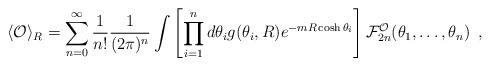
LaTeX: \begin{align*}\langle {\cal O} \rangle_R =\sum_{n=0}^{\infty} \frac{1}{n!} \frac{1}{(2 \pi)^n}\int \left[\prod_{i=1}^n d\theta_i g(\theta_i,R) e^{-m R \cosh\theta_i}\right] {\cal F}^{\cal O}_{2n}(\theta_1,\ldots,\theta_n)\,\,\,,\end{align*}